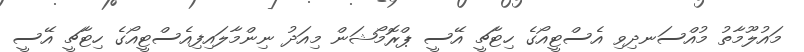
މައުލޫމާތު މުއްސަނދިވި އެސްޓީއޯގެ ހިޓާޗީ އޭސީ ޕްރޮމޯޝަން މިއަދު ނިންމާލައިފިއެސްޓީއޯގެ ހިޓާޗީ އޭސީ